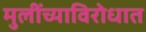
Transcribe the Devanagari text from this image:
मुलींच्याविरोधात